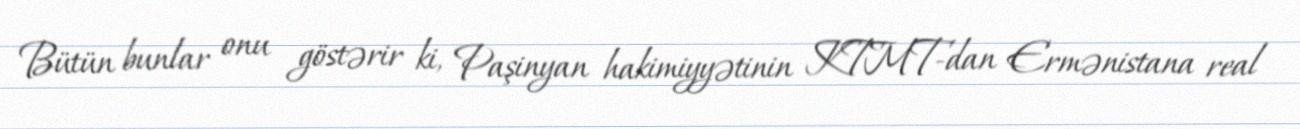
Bütün bunlar onu göstərir ki, Paşinyan hakimiyyətinin KTMT-dan Ermənistana real